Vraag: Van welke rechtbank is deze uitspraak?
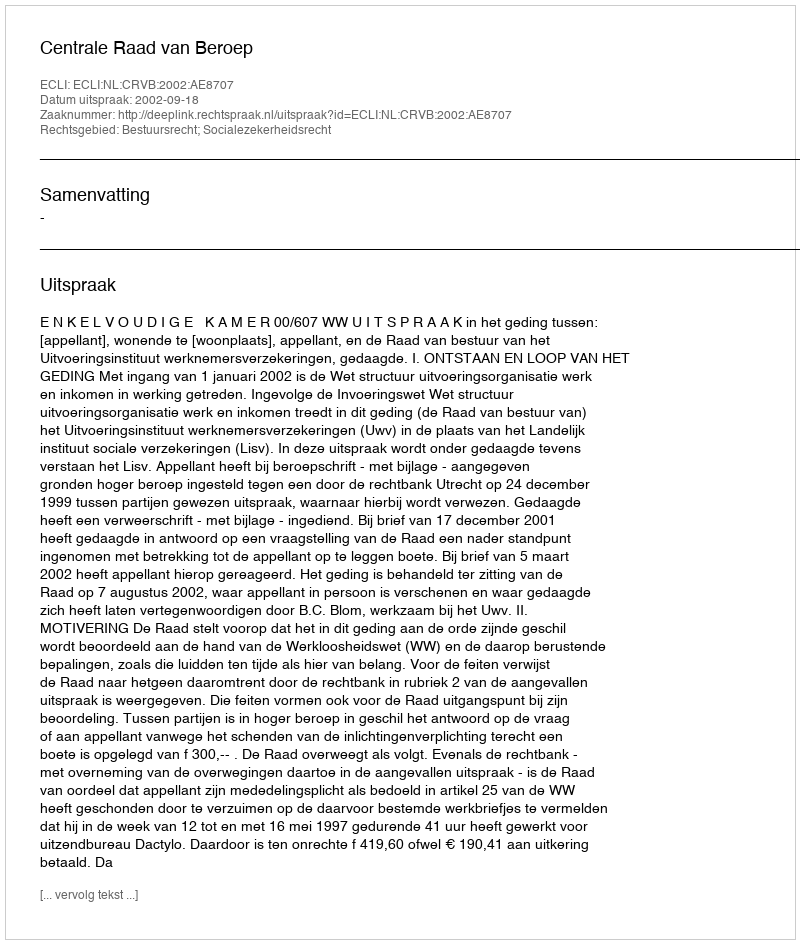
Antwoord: Centrale Raad van Beroep